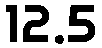
12.5